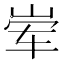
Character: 𮱩